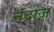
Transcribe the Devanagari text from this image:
नंद्राज